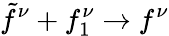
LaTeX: \tilde{f}^{\nu}+f_{1}^{\nu}\to f^{\nu}